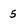
Character: 5